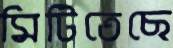
মিটিতেছে